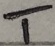
Text: T